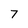
Character: 7